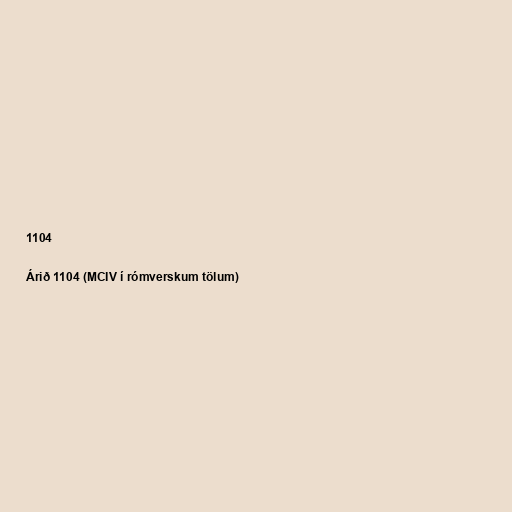
1104

Árið 1104 (MCIV í rómverskum tölum)